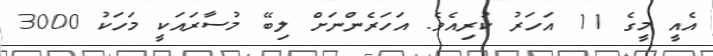
އެއީ މީގެ 11 އަހަރު ކުރިއެވެ. އަހަރެންނަށް ލިބޭ މުސާރައަކީ މަހަކު 3000